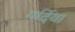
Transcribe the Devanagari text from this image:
गर्दिया